画像に写った文字を読んでください
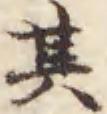
「其」と書いてあります